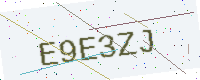
Text: E9E3ZJ